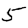
Digit: 5